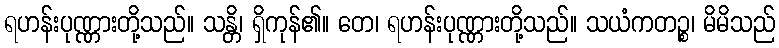
ရဟန်းပုဏ္ဏားတို့သည်။ သန္တိ၊ ရှိကုန်၏။ တေ၊ ရဟန်းပုဏ္ဏားတို့သည်။ သယံကတဉ္စ၊ မိမိသည်